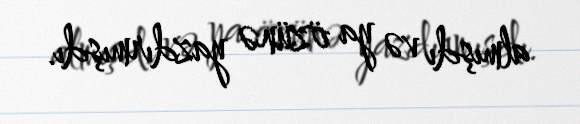
almışdı və ya özünə yazdırmışdı.